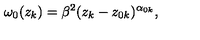
\omega _ { 0 } ( z _ { k } ) = \beta ^ { 2 } ( z _ { k } - z _ { 0 k } ) ^ { \alpha _ { 0 k } } ,